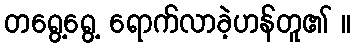
တရွေ့ရွေ့ ရောက်လာခဲ့ဟန်တူ၏ ။